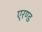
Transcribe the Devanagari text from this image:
एरण्ड